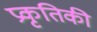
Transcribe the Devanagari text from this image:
प्रकृतिकी